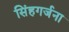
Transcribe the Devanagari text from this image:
सिंहगर्जना